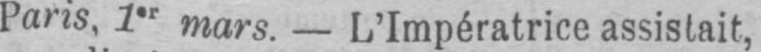
Paris, 1er mars. - L’Impératrice assistait,